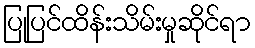
ပြုပြင်ထိန်းသိမ်းမှုဆိုင်ရာ